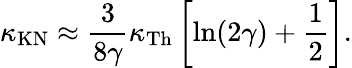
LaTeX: \kappa_{\mathrm{KN}}\approx\frac{3}{8\gamma}\kappa_{\mathrm{Th}}\left[\ln(2\gamma)+\frac{1}{2}\right].